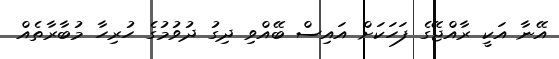
އޭނާ އަކީ ރާއްޖޭގެ ފަހަކަށް އައިސް ބޭއްވި ދިގު ދުވުމުގެ ހުރިހާ މުބާރާތެއް